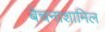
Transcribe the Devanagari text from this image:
बेचनाशामिल